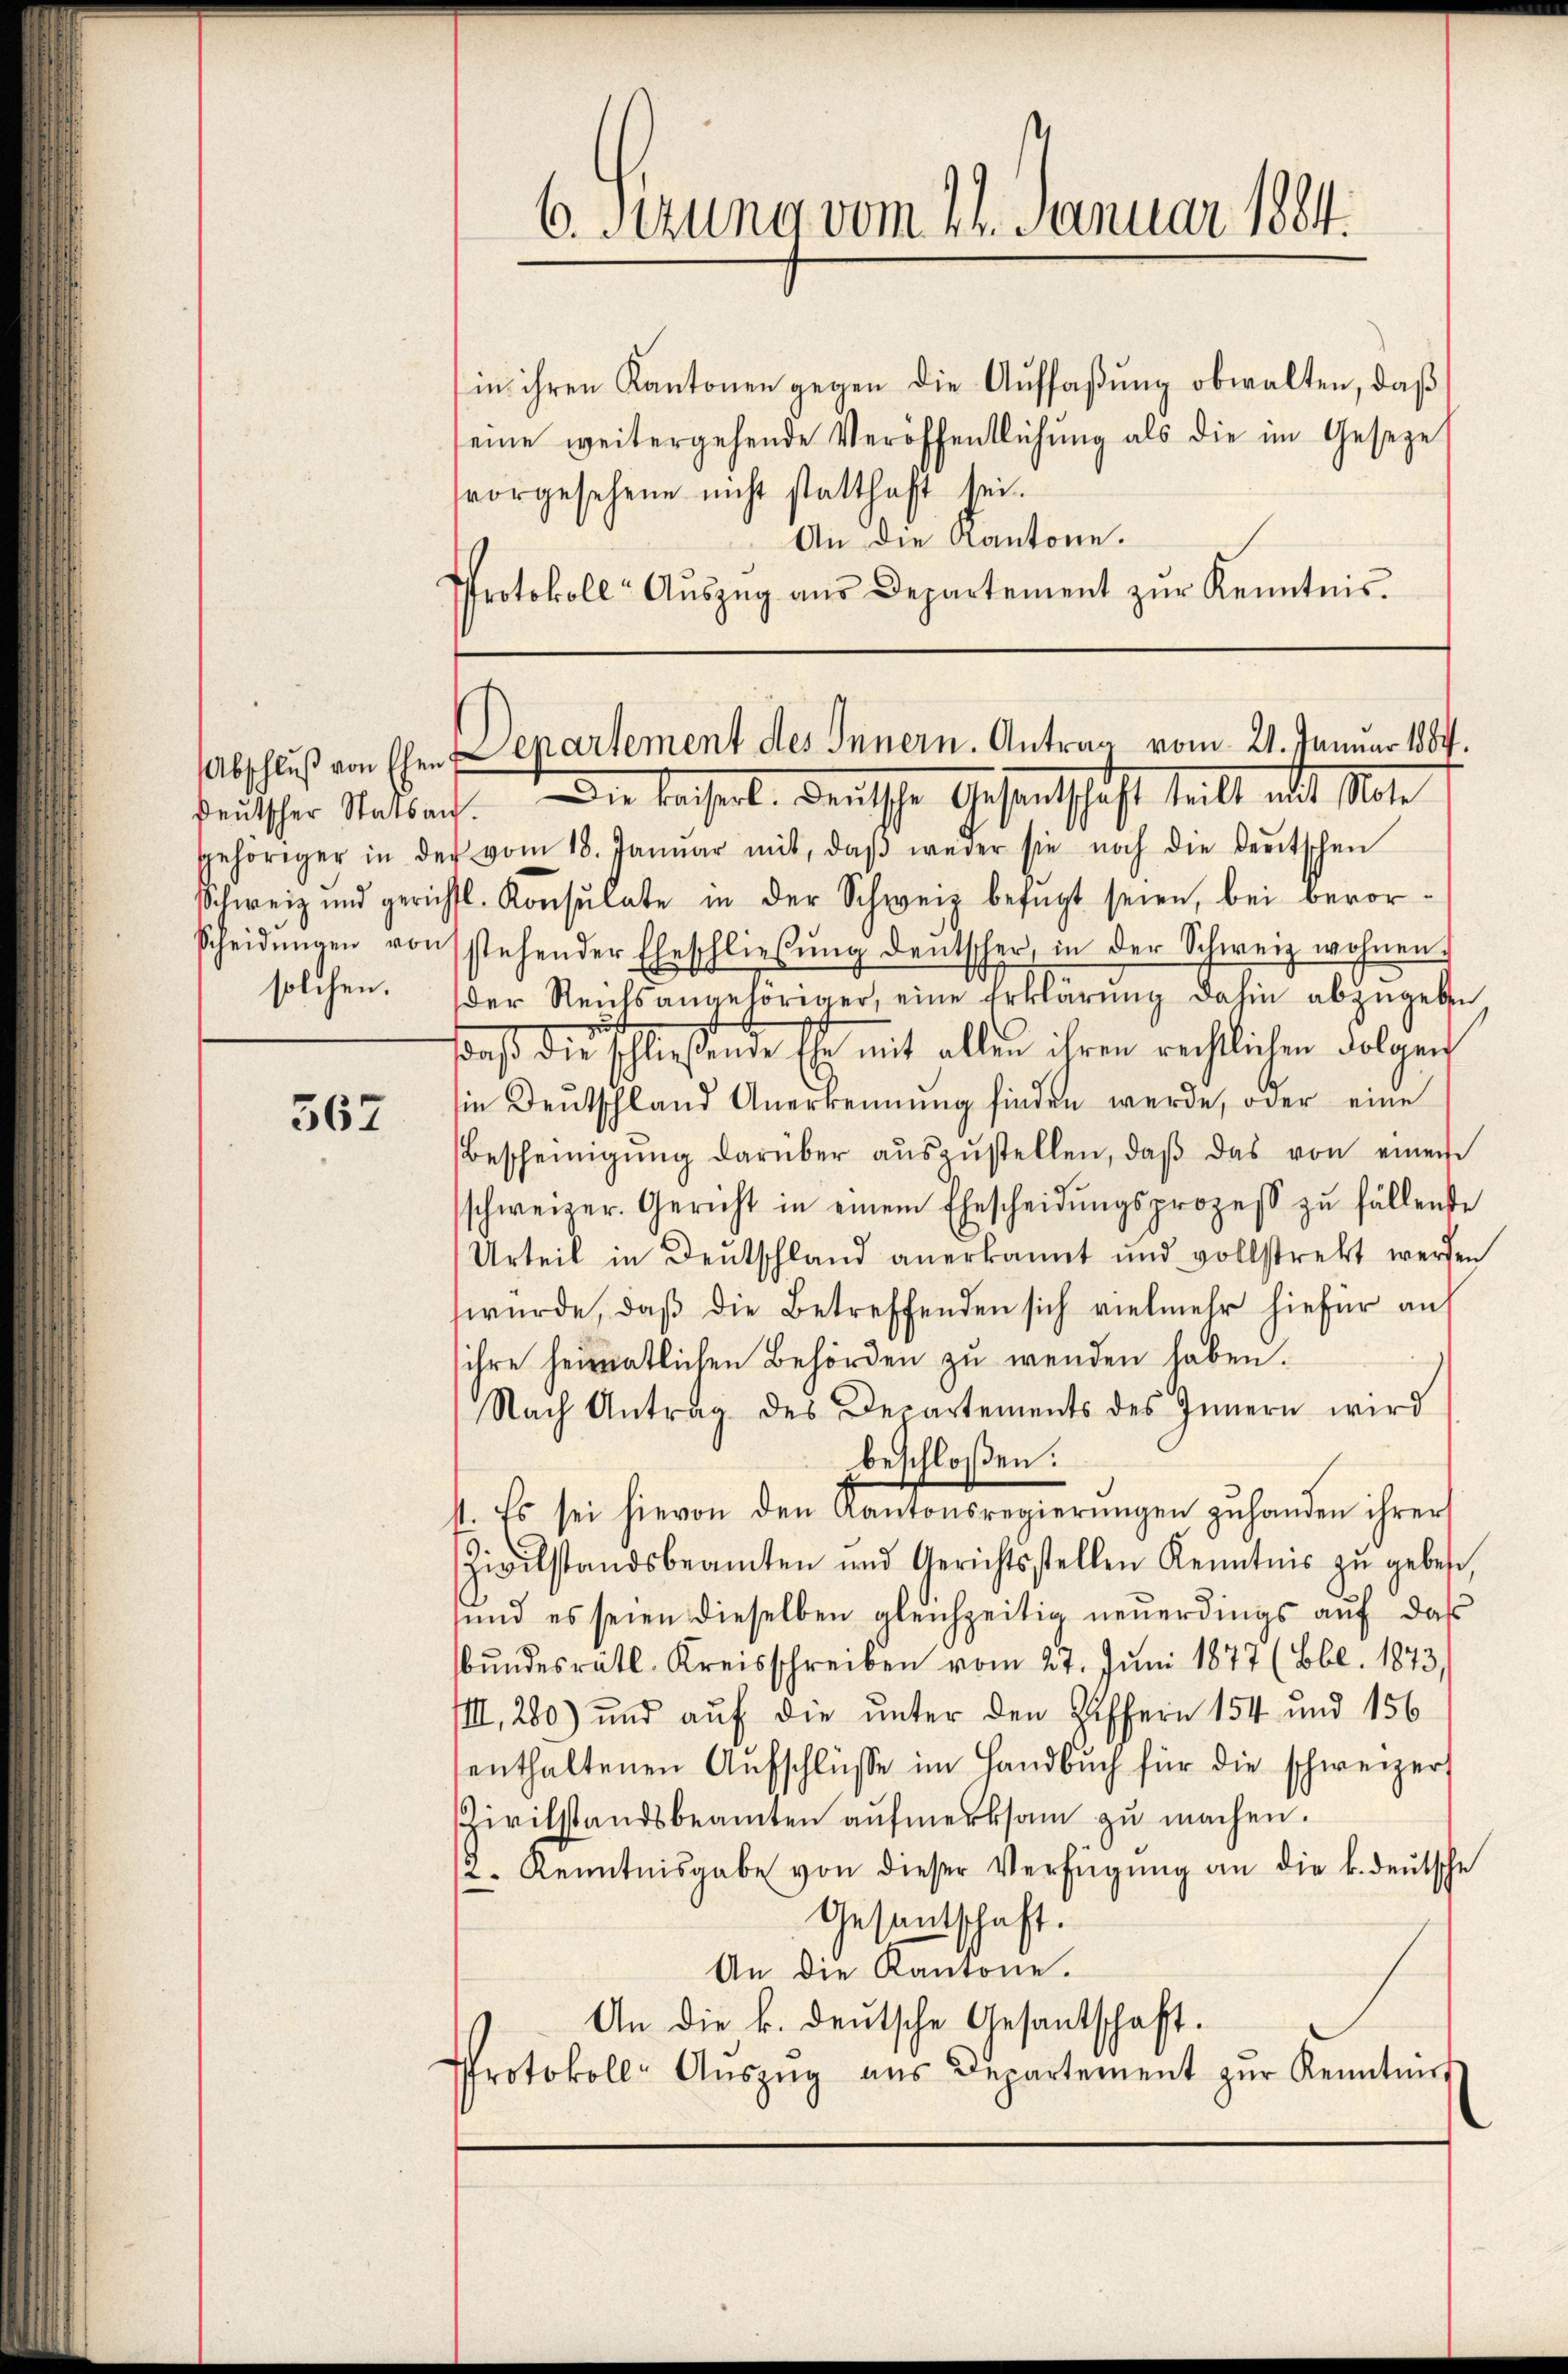
solchen.

567

in ihren Kantonen gegen die Auffaßung obwalten, daß
seine weitergehende Veröffentlichŭng als die im Geseze
vorgesehene nicht statthaft sei.
An die Kantone.
Protokoll- Aŭszŭg aŭs Departement zŭr Kenntnis.

gehöriger in der vom 18. Janŭar mit, daβ weder sie noch die deŭtschen
Schweiz und gerichtl. Konsulate in der Schweiz befügt seien, bei bevor¬
Scheidŭngen vonsstehender Eheschlieβŭng deŭtscher, in der Schweiz wohnen.
der Reichsangehöriger, eine Erklärŭng dahin abzŭgeben
sonst die Schließende Er mit allen ihren rechtlichen Folgen
sie Deutschland Anerkennung finden werde, oder eine
Bescheinigŭng darüber aŭszŭstellen, daβ das von einem
schweizer. Gericht in einem Ehescheidŭngsprozeβ zŭ fällende
Urteil in Deutschland anerkannt und vollstrekt werden
würde, daβ die Betreffenden sich vielmehr hiefür an
sihre heimatlichen Behörden zu wenden haben.
Nach Antrag des Departements des Innern wird
beschloßen:
4. Es sei hievon den Kantonsregierungen zuhanden ihrer
Zivilstandsbeamten und Gerichtsstellen Kenntnis zŭ geben,
sund es seien dieselben gleichzeitig neŭerdings aŭf das
bŭndesrätl. Kreisschreiben vom 27. Jŭni 1877 (Bbl. 1873,
IIII, 280) und auf die unter den Ziffern 154 und 156
enthaltenen Aufschlüsse im Handbuch für die schweizer
Zivilstandsbeamten aŭfmerksam zŭ machen.
2. Kenntnisgabe von dieser Verfügŭng an die k. deŭtsche
Gesantschaft.
An die Kantone.
An die k. deutsche Gesantschaft.
Protokoll- Aŭszŭg aŭs Departement zŭr Kenntnis

Abschluß von Eherepartement des Innern. Antrag vom 21. Januar 1887.
Fritscher Stattach. Die bessen. Denische Gesandtschaft heilt mit Mate

6. Sezung vom 24. Januar 1884.